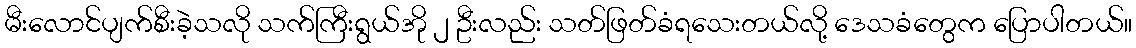
မီးလောင်ပျက်စီးခဲ့သလို သက်ကြီးရွယ်အို ၂ ဦးလည်း သတ်ဖြတ်ခံရသေးတယ်လို့ ဒေသခံတွေက ပြောပါတယ်။